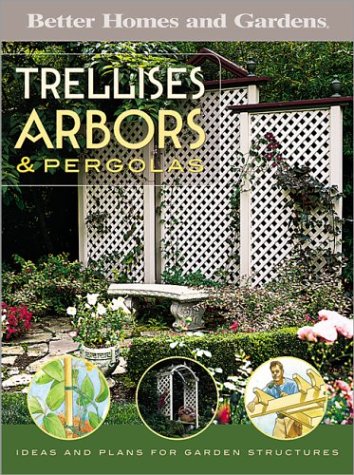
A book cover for Trellises, Arbors & Pergolas: Ideas and Plans for Garden Structures (Better Homes & Gardens Do It Yourself); Better Homes and Gardens; Crafts, Hobbies & Home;